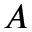
A